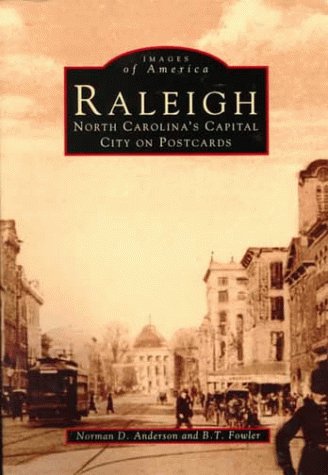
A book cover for Raleigh  (NC)  (Images of America); Norman D. Anderson; Travel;